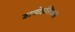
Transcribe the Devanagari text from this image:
डायोइसिअस